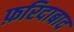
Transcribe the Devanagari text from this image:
फ़रिदाबाद